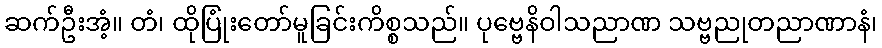
ဆက်ဦးအံ့။ တံ၊ ထိုပြုံးတော်မူခြင်းကိစ္စသည်။ ပုဗ္ဗေနိဝါသညာဏ သဗ္ဗညုတညာဏာနံ၊